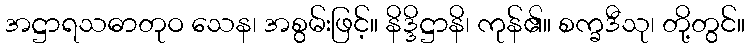
အဋ္ဌာရသဓာတုဝ သေန၊ အစွမ်းဖြင့်။ နိဒ္ဒိဋ္ဌာနိ၊ ကုန်၏။ စက္ခဒီသု၊ တို့တွင်။